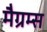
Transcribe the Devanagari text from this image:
मैग्रम्स